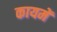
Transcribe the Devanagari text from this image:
कायमें